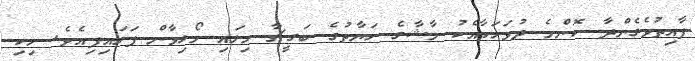
ފާއިތުވެގެންދާ ކޮންމެ ދުވަހަކާއެކު މާޝާގެ ހަޔާތުގެ ބަގީޗާ މިލައި މޯޅިވާން ފަށައިފިއެވެ. ހިކި